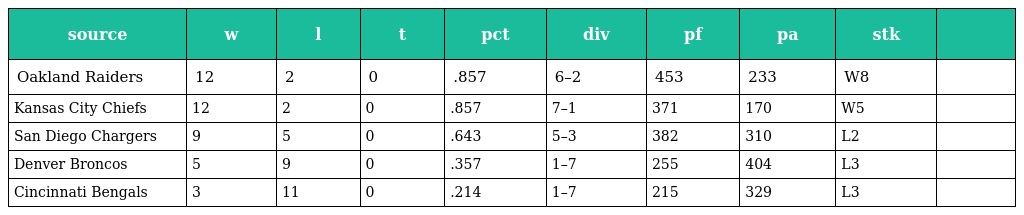
| source | w | l | t | pct | div | pf | pa | stk |  |
 | --- | --- | --- | --- | --- | --- | --- | --- | --- | --- |
 | Oakland Raiders | 12 | 2 | 0 | .857 | 6–2 | 453 | 233 | W8 |  |
 | Kansas City Chiefs | 12 | 2 | 0 | .857 | 7–1 | 371 | 170 | W5 |  |
 | San Diego Chargers | 9 | 5 | 0 | .643 | 5–3 | 382 | 310 | L2 |  |
 | Denver Broncos | 5 | 9 | 0 | .357 | 1–7 | 255 | 404 | L3 |  |
 | Cincinnati Bengals | 3 | 11 | 0 | .214 | 1–7 | 215 | 329 | L3 |  |